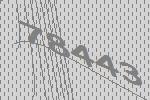
78443